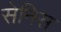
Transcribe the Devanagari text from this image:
सेनिस